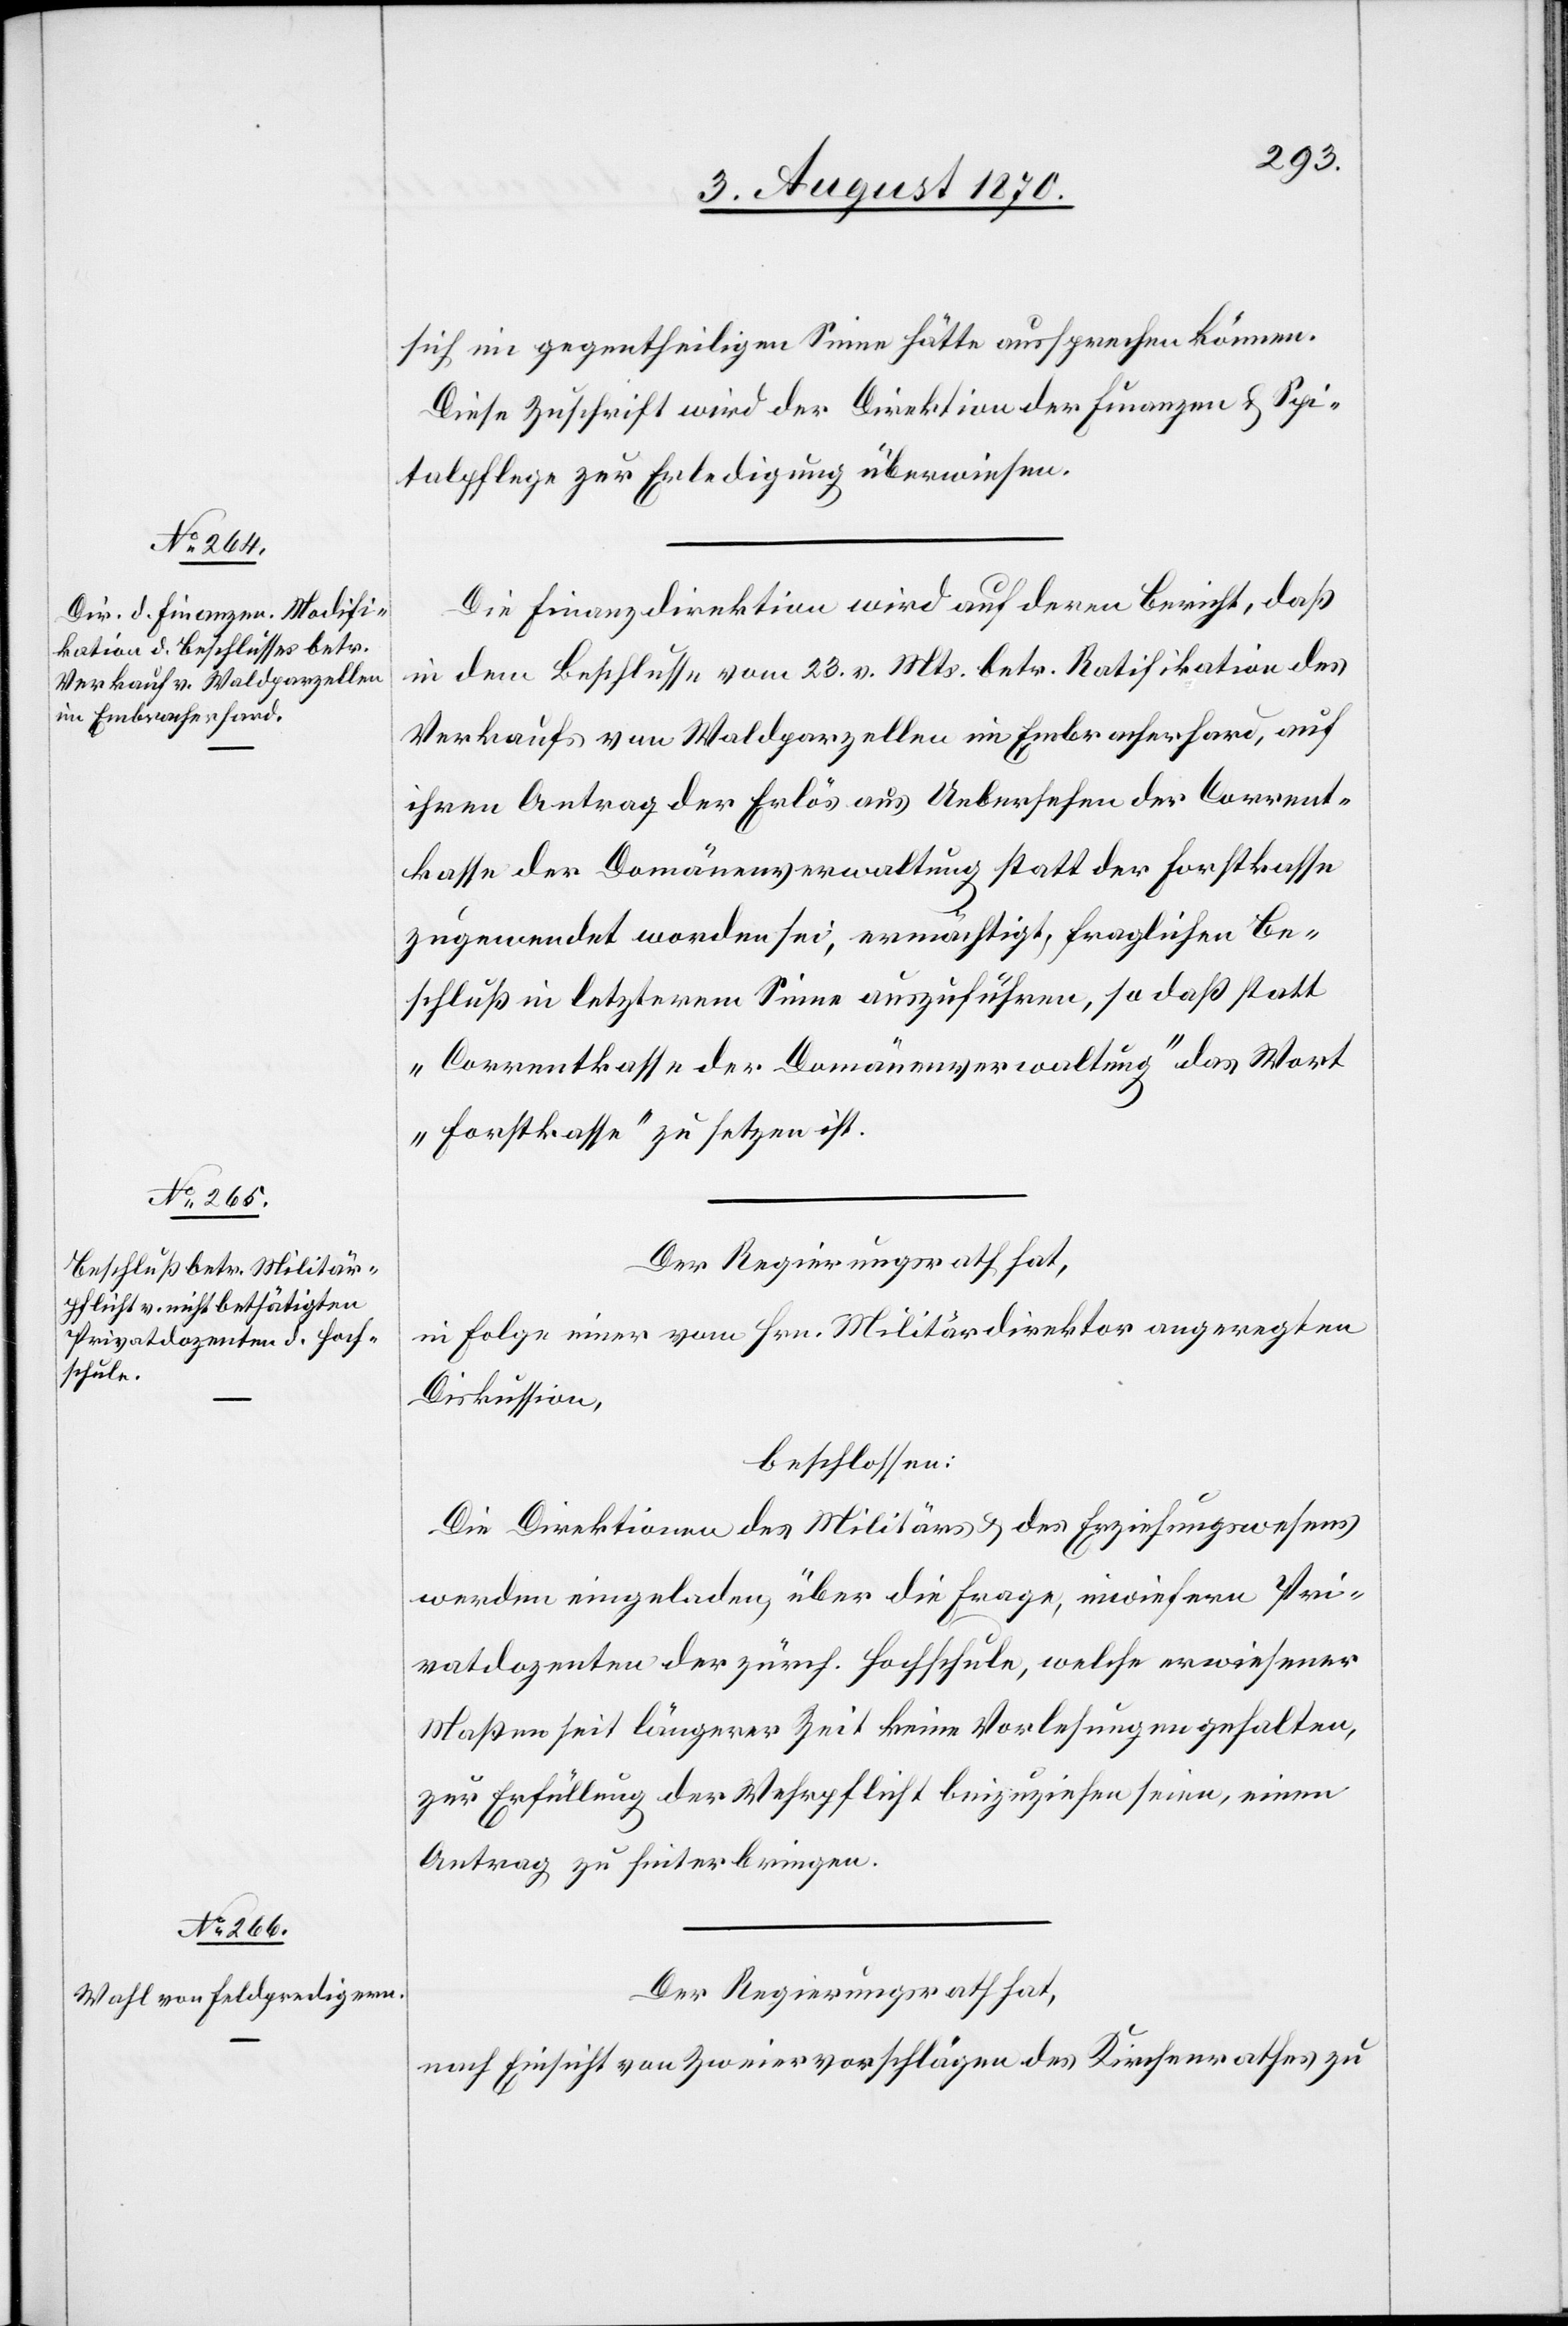
sich im gegentheiligen Sinne hätte aussprechen können.
Diese Zuschrift wird der Direktion der Finanzen & Spi¬
talpflege zur Erledigung überwiesen.
Die Finanzdirektion wird auf deren Bericht, daß
in dem Beschlusse vom 23. v. Mts. betr. Ratifikation des
Verkaufs von Waldparzellen im Embracherhard, auf
ihren Antrag der Erlös aus Uebersehen der Corrent¬
kasse der Domänenverwaltung statt der Forstkasse
zugewendet worden sei, ermächtigt, fraglichen Be¬
schluß in letzterem Sinne auszuführen, so daß statt
„Correntkasse der Domänenverwaltung“ das Wort
„Forstkasse“ zu setzen ist.
Der Regierungsrath hat,
in Folge einer von Hrn. Militärdirektor angeregten
Diskussion,
beschlossen:
Die Direktionen des Militärs & des Erziehungswesens
werden eingeladen, über die Frage, inwiefern Pri¬
vatdozenten der zürich. Hochschule, welche erwiesener
Maßen seit längerer Zeit keine Vorlesung gehalten,
zur Erfüllung der Wehrpflicht beizuziehen seien, einen
Antrag zu hinterbringen.
Der Regierungsrath hat,
nach Einsicht von Zweiervorschlägen des Kirchenrathes zu